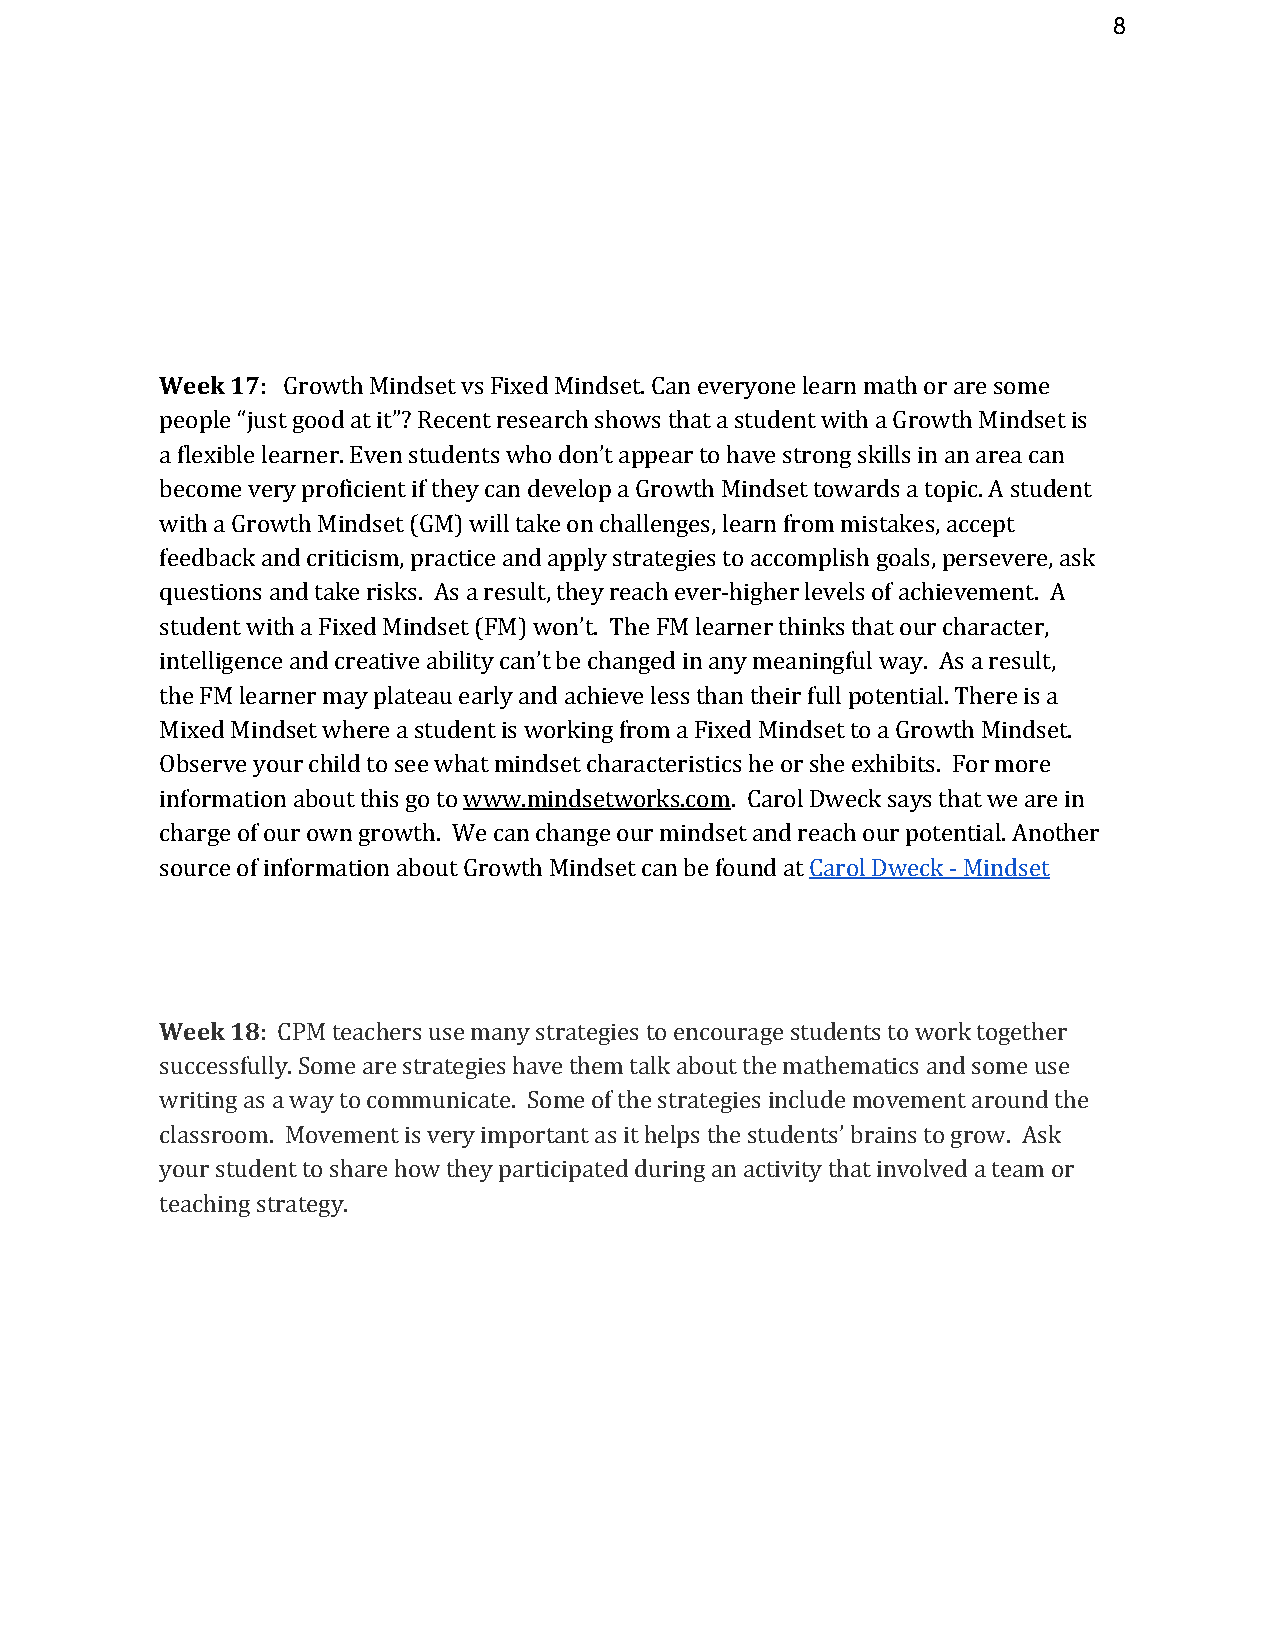
8
 Week 17: Growth Mindset vs Fixed Mindset. Can everyone learn math or are some
 people “just good at it”? Recent research shows that a student with a Growth Mindset is
 a flexible learner. Even students who don’t appear to have strong skills in an area can
 become very proficient if they can develop a Growth Mindset towards a topic. A student
 with a Growth Mindset (GM) will take on challenges, learn from mistakes, accept
 feedback and criticism, practice and apply strategies to accomplish goals, persevere, ask
 questions and take risks. As a result, they reach ever-higher levels of achievement. A
 student with a Fixed Mindset (FM) won’t. The FM learner thinks that our character,
 intelligence and creative ability can’t be changed in any meaningful way. As a result,
 the FM learner may plateau early and achieve less than their full potential. There is a
 Mixed Mindset where a student is working from a Fixed Mindset to a Growth Mindset.
 Observe your child to see what mindset characteristics he or she exhibits. For more
 information about this go to www.mindsetworks.com. Carol Dweck says that we are in
 charge of our own growth. We can change our mindset and reach our potential. Another
 source of information about Growth Mindset can be found at Carol Dweck - Mindset
 Week 18: CPM teachers use many strategies to encourage students to work together
 successfully. Some are strategies have them talk about the mathematics and some use
 writing as a way to communicate. Some of the strategies include movement around the
 classroom. Movement is very important as it helps the students’ brains to grow. Ask
 your student to share how they participated during an activity that involved a team or
 teaching strategy.